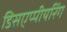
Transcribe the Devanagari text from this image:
डिसएप्पीयरिंग